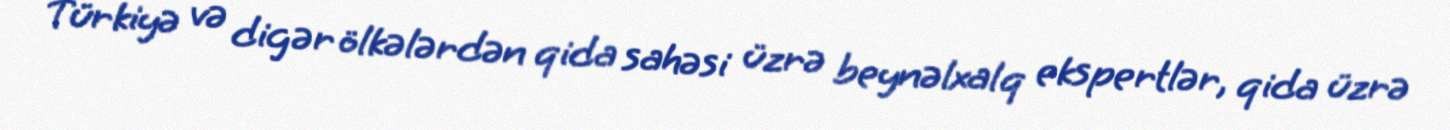
Türkiyə və digər ölkələrdən qida sahəsi üzrə beynəlxalq ekspertlər, qida üzrə